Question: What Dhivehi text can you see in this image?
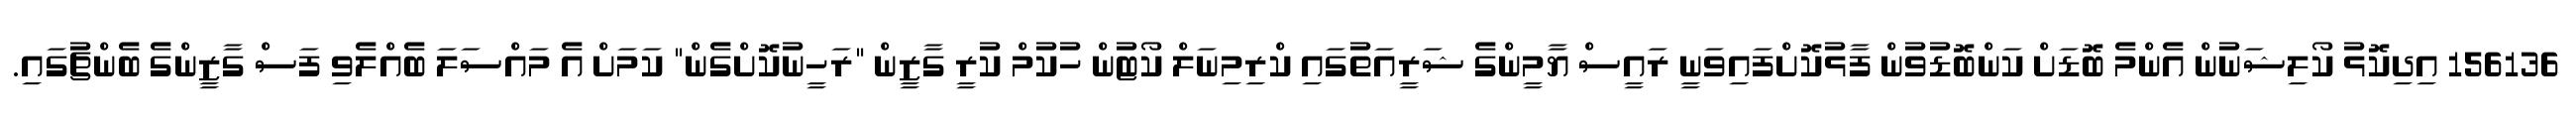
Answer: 156136 އިދިކޮޅު ކޯލިޝަނުން އެންމެ ބޮޑަށް ކަންބޮޑުވުން ފާޅުކޮށްފައިވަނީ ރައީސް ޔާމީންގެ ޝަރީއަތުގައި ކްރިމިނަލް ކޯޓުން ހުކުމް ކުރީ ގާޒީން "ރަހީނުކޮށްގެން" ކަމަށް އެ މައްސަލަ ބެއްލެވި ފަސް ގާޒީންގެ ބެންޗުގައި.